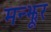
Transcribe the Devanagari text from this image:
मन्झूर